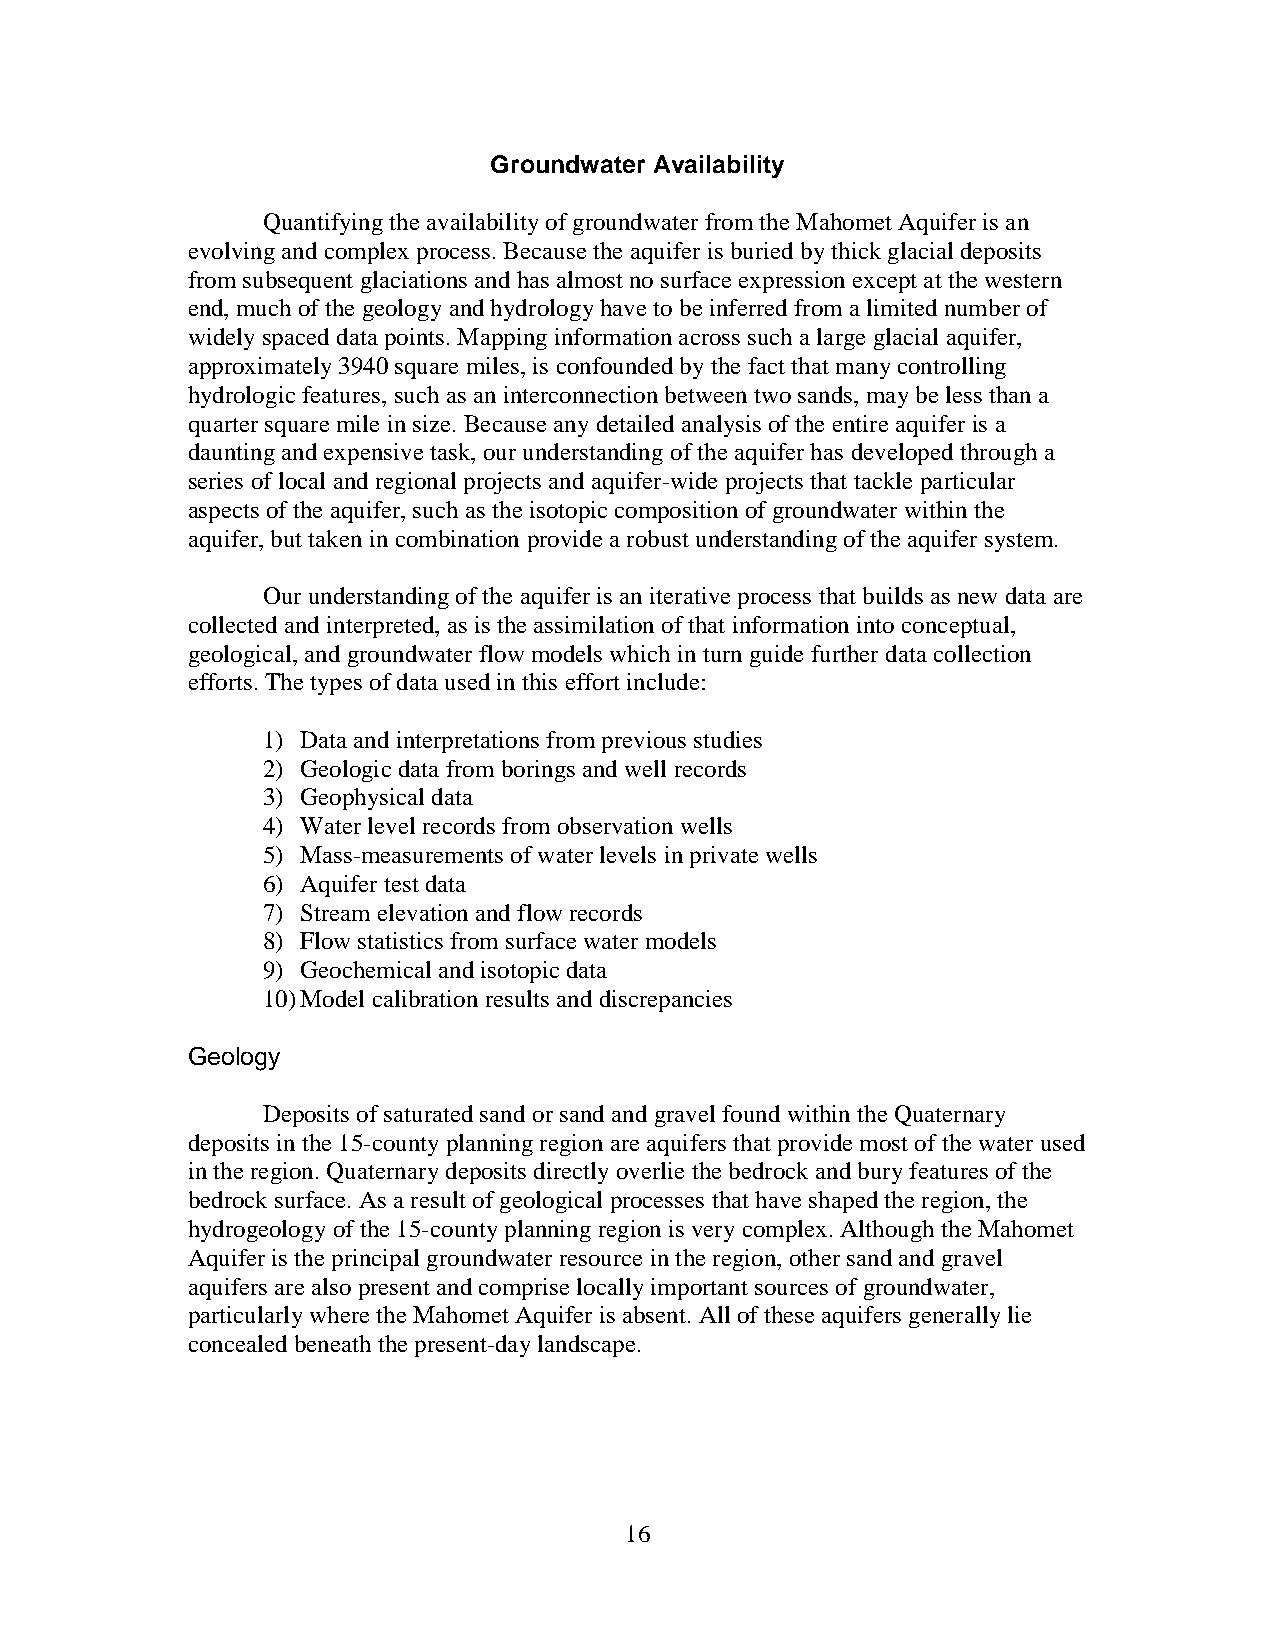
Groundwater Availability
 Quantifying the availability of groundwater from the Mahomet Aquifer is an
 evolving and complex process. Because the aquifer is buried by thick glacial deposits
 from subsequent glaciations and has almost no surface expression except at the western
 end, much of the geology and hydrology have to be inferred from a limited number of
 widely spaced data points. Mapping information across such a large glacial aquifer,
 approximately 3940 square miles, is confounded by the fact that many controlling
 hydrologic features, such as an interconnection between two sands, may be less than a
 quarter square mile in size. Because any detailed analysis of the entire aquifer is a
 daunting and expensive task, our understanding of the aquifer has developed through a
 series of local and regional projects and aquifer-wide projects that tackle particular
 aspects of the aquifer, such as the isotopic composition of groundwater within the
 aquifer, but taken in combination provide a robust understanding of the aquifer system.
 Our understanding of the aquifer is an iterative process that builds as new data are
 collected and interpreted, as is the assimilation of that information into conceptual,
 geological, and groundwater flow models which in turn guide further data collection
 efforts. The types of data used in this effort include:
 1) Data and interpretations from previous studies
 2) Geologic data from borings and well records
 3) Geophysical data
 4) Water level records from observation wells
 5) Mass-measurements of water levels in private wells
 6) Aquifer test data
 7) Stream elevation and flow records
 8) Flow statistics from surface water models
 9) Geochemical and isotopic data
 10) Model calibration results and discrepancies
 Geology
 Deposits of saturated sand or sand and gravel found within the Quaternary
 deposits in the 15-county planning region are aquifers that provide most of the water used
 in the region. Quaternary deposits directly overlie the bedrock and bury features of the
 bedrock surface. As a result of geological processes that have shaped the region, the
 hydrogeology of the 15-county planning region is very complex. Although the Mahomet
 Aquifer is the principal groundwater resource in the region, other sand and gravel
 aquifers are also present and comprise locally important sources of groundwater,
 particularly where the Mahomet Aquifer is absent. All of these aquifers generally lie
 concealed beneath the present-day landscape.
 16